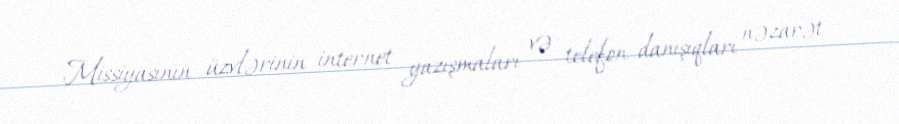
Missiyasının üzvlərinin internet yazışmaları və telefon danışıqları nəzarət